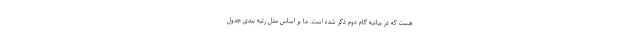
هست که در بیانیه گام دوم ذکر شده است. ما بر اساس مدل رتبه بندی جدول